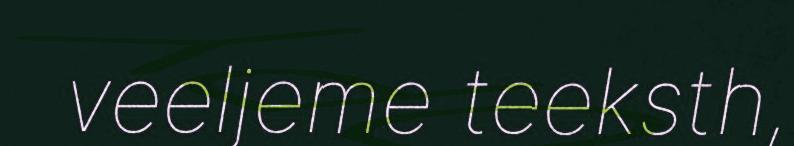
veeljeme teeksth,